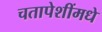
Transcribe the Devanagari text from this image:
चतापेशींमधे